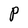
Character: P